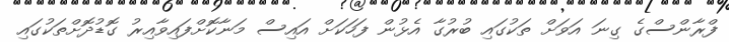
ފްރާންސްގެ ގިނަ އަވަށް ތަކުގައި ބުރުގާ އެޅުން ފަހަކަށް އައިސް މަނާކޮށްފައިވާއިރު ގޮޑުދޮށްތަކުގައި